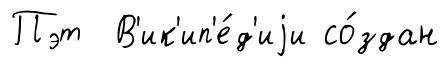
Пэт В'ик'ип'е́д'иjи со́здан